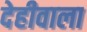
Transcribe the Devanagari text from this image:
देहीवाला